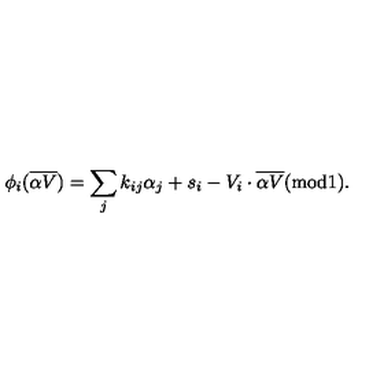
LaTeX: \phi _ { i } ( { \overline { { \alpha V } } } ) = \sum _ { j } k _ { i j } \alpha _ { j } + s _ { i } - V _ { i } \cdot { \overline { { \alpha V } } } ( \mathrm { m o d } 1 ) .